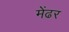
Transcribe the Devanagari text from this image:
मेंढर